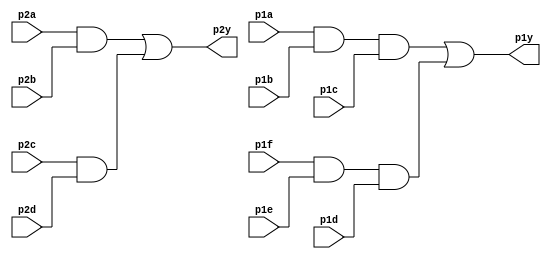

module top_module ( 
    input p1a, p1b, p1c, p1d, p1e, p1f,
    output p1y,
    input p2a, p2b, p2c, p2d,
    output p2y );

    wire tri_and_1;
    assign tri_and_1 = p1a & p1b & p1c;
    wire tri_and_2;
    assign tri_and_2 = p1f & p1e & p1d;
    assign p1y = tri_and_1 || tri_and_2;
    
    wire duo_and_1;
    assign duo_and_1 = p2a & p2b;
    wire duo_and_2;
    assign duo_and_2 = p2c & p2d;
    assign p2y =  duo_and_1 || duo_and_2;

endmodule